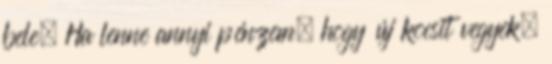
bele. Ha lenne annyi pénzem, hogy új kocsit vegyek,